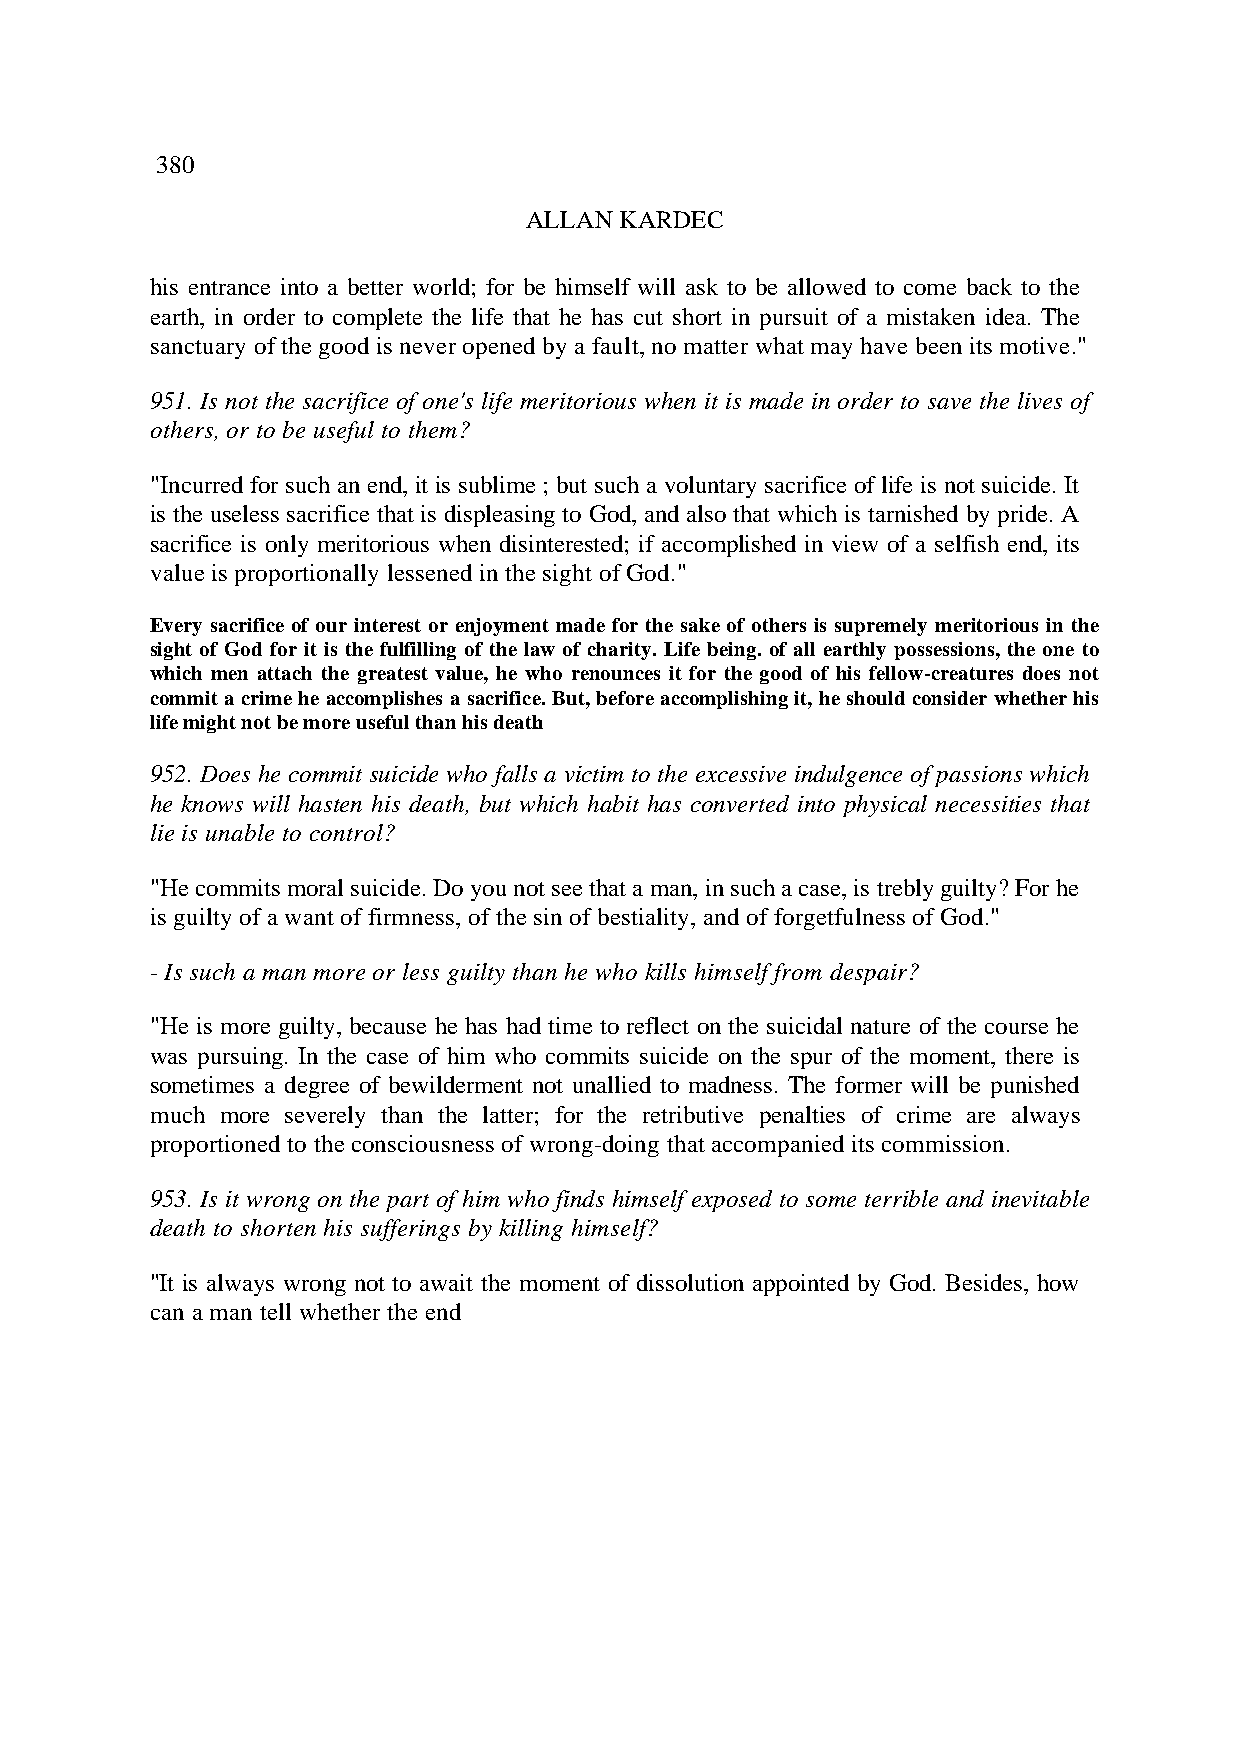
380
 ALLAN KARDEC
 his entrance into a better world; for be himself will ask to be allowed to come back to the
 earth, in order to complete the life that he has cut short in pursuit of a mistaken idea. The
 sanctuary of the good is never opened by a fault, no matter what may have been its motive."
 951. Is not the sacrifice of one's life meritorious when it is made in order to save the lives of
 others, or to be useful to them?
 "Incurred for such an end, it is sublime ; but such a voluntary sacrifice of life is not suicide. It
 is the useless sacrifice that is displeasing to God, and also that which is tarnished by pride. A
 sacrifice is only meritorious when disinterested; if accomplished in view of a selfish end, its
 value is proportionally lessened in the sight of God."
 Every sacrifice of our interest or enjoyment made for the sake of others is supremely meritorious in the
 sight of God for it is the fulfilling of the law of charity. Life being. of all earthly possessions, the one to
 which men attach the greatest value, he who renounces it for the good of his fellow-creatures does not
 commit a crime he accomplishes a sacrifice. But, before accomplishing it, he should consider whether his
 life might not be more useful than his death.
 952. Does he commit suicide who falls a victim to the excessive indulgence of passions which
 he knows will hasten his death, but which habit has converted into physical necessities that
 lie is unable to control?
 "He commits moral suicide. Do you not see that a man, in such a case, is trebly guilty? For he
 is guilty of a want of firmness, of the sin of bestiality, and of forgetfulness of God."
 - Is such a man more or less guilty than he who kills himself from despair?
 "He is more guilty, because he has had time to reflect on the suicidal nature of the course he
 was pursuing. In the case of him who commits suicide on the spur of the moment, there is
 sometimes a degree of bewilderment not unallied to madness. The former will be punished
 much more severely than the latter; for the retributive penalties of crime are always
 proportioned to the consciousness of wrong-doing that accompanied its commission.
 953. Is it wrong on the part of him who finds himself exposed to some terrible and inevitable
 death to shorten his sufferings by killing himself?
 "It is always wrong not to await the moment of dissolution appointed by God. Besides, how
 can a man tell whether the end